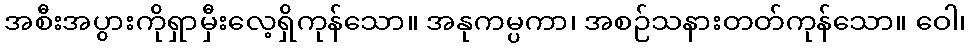
အစီးအပွားကိုရှာမှီးလေ့ရှိကုန်သော။ အနုကမ္ပကာ၊ အစဉ်သနားတတ်ကုန်သော။ ဝေါ၊